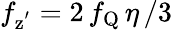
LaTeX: f_{\mathrm{z^{'}}}=2\, f_{\mathrm{Q}}\, \eta\, /3